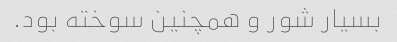
بسیار شور و همچنین سوخته بود.